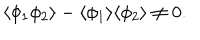
LaTeX: \langle \phi _ { 1 } \phi _ { 2 } \rangle - \langle \phi _ { 1 } \rangle \langle \phi _ { 2 } \rangle \neq 0 .